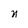
Character: n